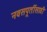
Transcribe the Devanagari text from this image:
नवसपूर्तीसाठी